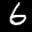
Label: 6